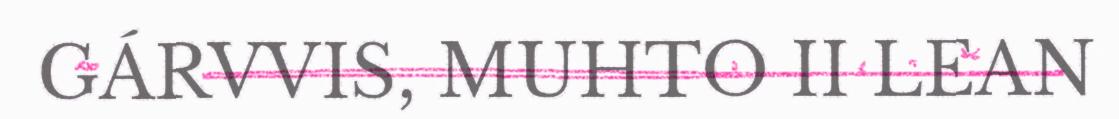
GÁRVVIS, MUHTO II LEAN